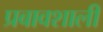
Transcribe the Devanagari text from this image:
प्रबावशाली